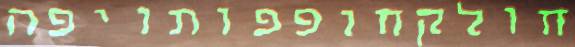
חולקחופפותויפה